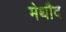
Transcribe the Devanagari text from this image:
मेथौद